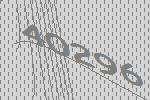
40296